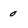
Character: 0